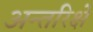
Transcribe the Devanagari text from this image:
अन्तरिक्षे